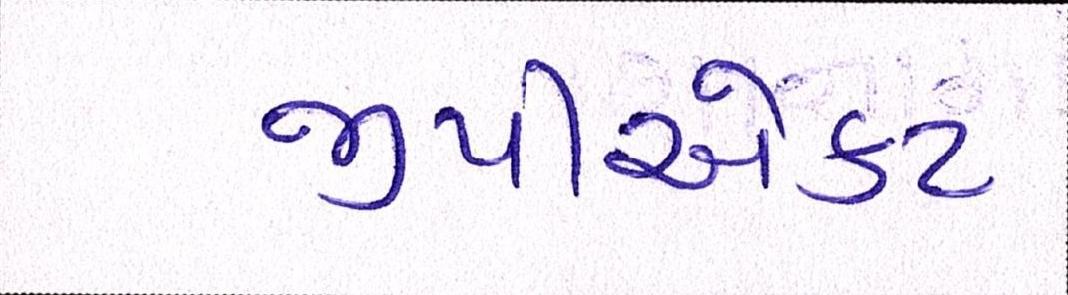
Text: જીપીએકટ